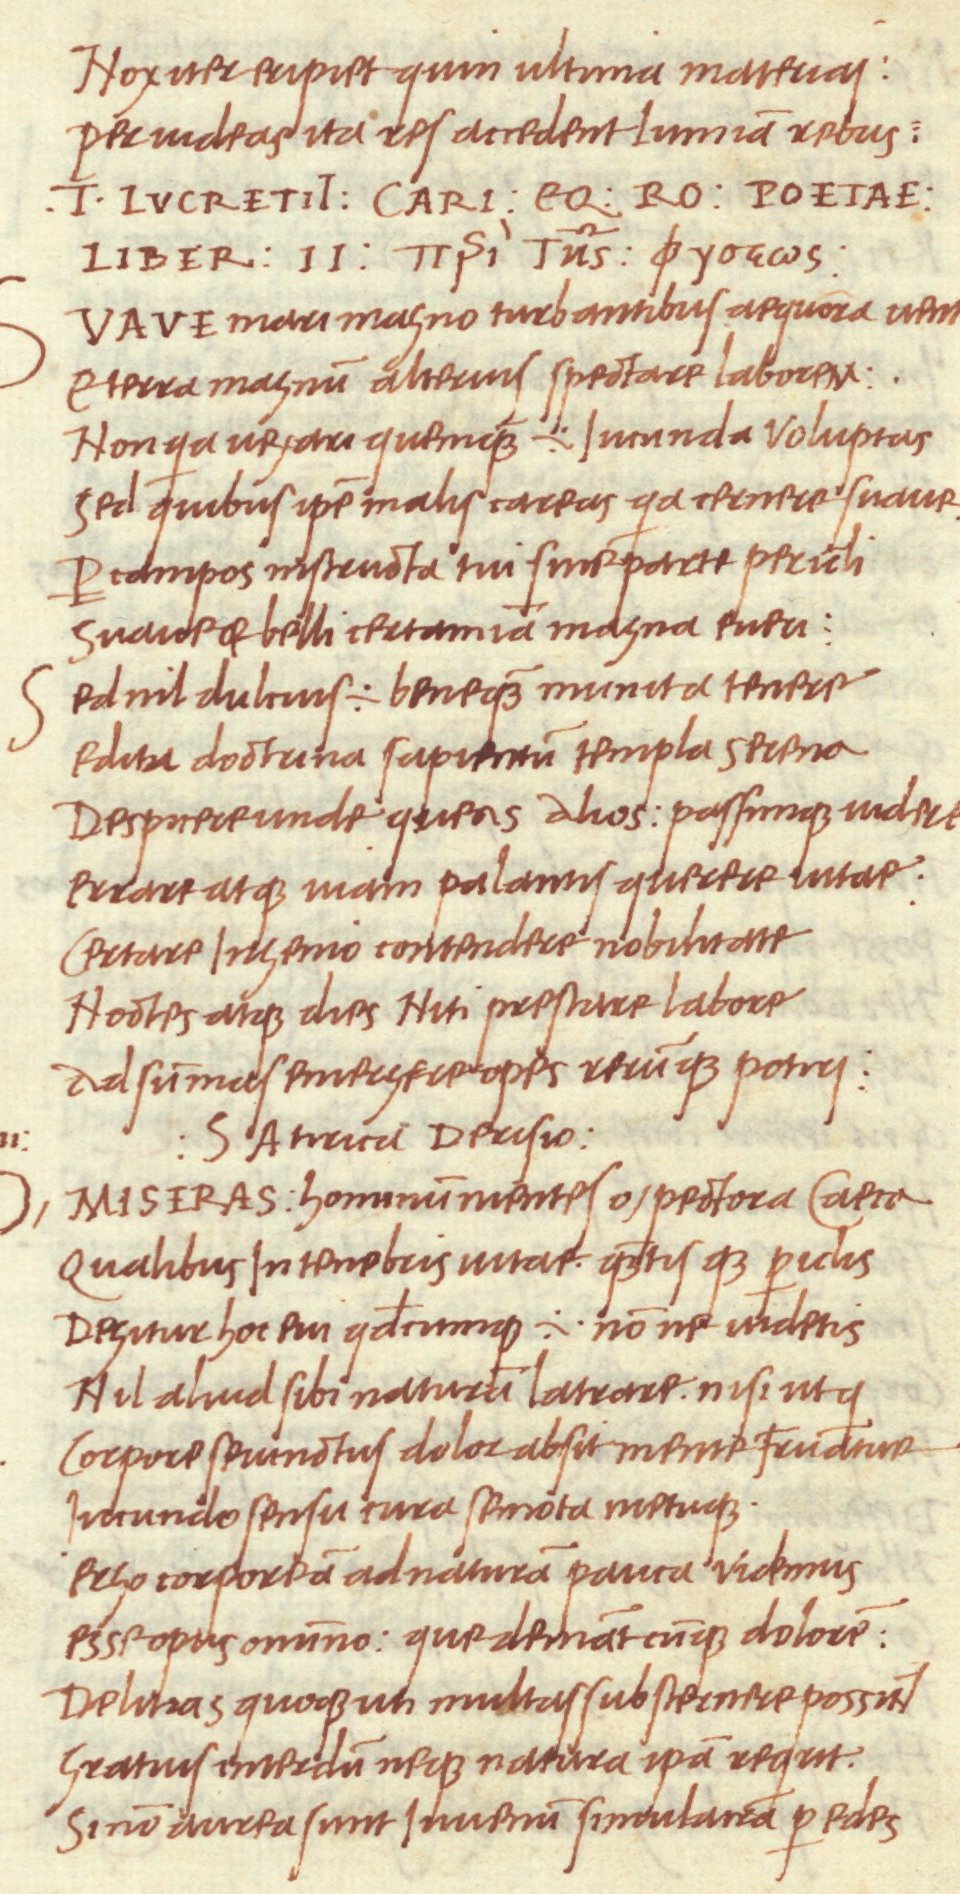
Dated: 1468–1469